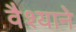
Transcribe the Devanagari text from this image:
वैश्याने